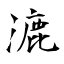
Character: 漉